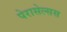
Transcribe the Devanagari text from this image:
पेरासेल्सस